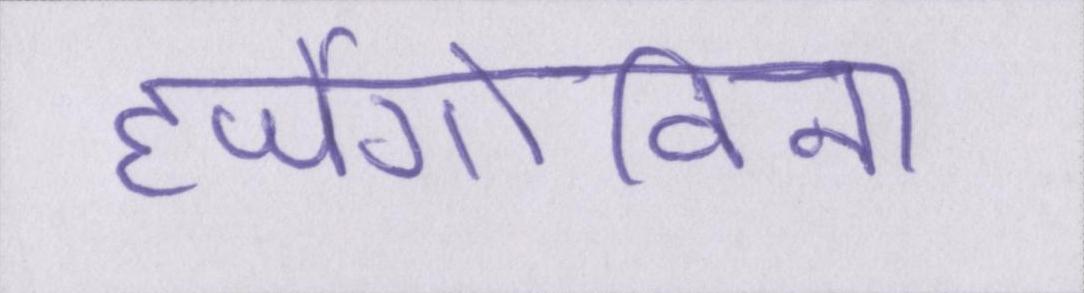
हर्जेगोविना